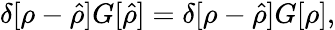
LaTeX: \begin{array}{r}{\delta[\rho-\hat{\rho}]G[\hat{\rho}]=\delta[\rho-\hat{\rho}]G[\rho],}\end{array}